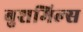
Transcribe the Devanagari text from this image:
बुशमिल्स